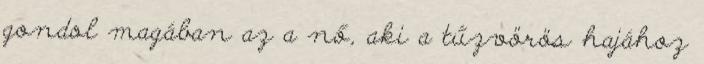
gondol magában az a nő, aki a tűzvörös hajához